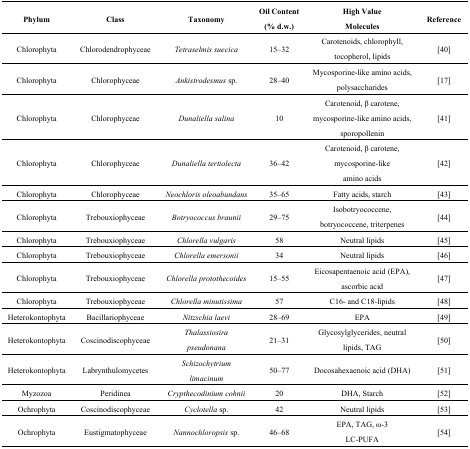
<table><thead><tr><td><b>Phylum</b></td><td><b>Class</b></td><td><b>Taxonomy</b></td><td><b>Oil Content (% d.w.)</b></td><td><b>High Value Molecules</b></td><td><b>Reference</b></td></tr></thead><tbody><tr><td>Chlorophyta</td><td>Chlorodendrophyceae</td><td><i>Tetraselmis suecica</i></td><td>15–32</td><td>Carotenoids, chlorophyll, tocopherol, lipids</td><td>[40]</td></tr><tr><td>Chlorophyta</td><td>Chlorophyceae</td><td><i>Ankistrodesmus</i> sp.</td><td>28–40</td><td>Mycosporine-like amino acids, polysaccharides</td><td>[17]</td></tr><tr><td>Chlorophyta</td><td>Chlorophyceae</td><td><i>Dunaliella salina</i></td><td>10</td><td>Carotenoid, β carotene,mycosporine-like amino acids, sporopollenin</td><td>[41]</td></tr><tr><td>Chlorophyta</td><td>Chlorophyceae</td><td><i>Dunaliella tertiolecta</i></td><td>36–42</td><td>Carotenoid, β carotene, mycosporine-like amino acids</td><td>[42]</td></tr><tr><td>Chlorophyta</td><td>Chlorophyceae</td><td><i>Neochloris oleoabundans</i></td><td>35–65</td><td>Fatty acids, starch</td><td>[43]</td></tr><tr><td>Chlorophyta</td><td>Trebouxiophyceae</td><td><i>Botryococcus braunii</i></td><td>29–75</td><td>Isobotryococcene, botryococcene, triterpenes</td><td>[44]</td></tr><tr><td>Chlorophyta</td><td>Trebouxiophyceae</td><td><i>Chlorella vulgaris</i></td><td>58</td><td>Neutral lipids</td><td>[45]</td></tr><tr><td>Chlorophyta</td><td>Trebouxiophyceae</td><td><i>Chlorella emersonii</i></td><td>34</td><td>Neutral lipids</td><td>[46]</td></tr><tr><td>Chlorophyta</td><td>Trebouxiophyceae</td><td><i>Chlorella protothecoides</i></td><td>15–55</td><td>Eicosapentaenoic acid (EPA), ascorbic acid</td><td>[47]</td></tr><tr><td>Chlorophyta</td><td>Trebouxiophyceae</td><td><i>Chlorella minutissima</i></td><td>57</td><td>C16- and C18-lipids</td><td>[48]</td></tr><tr><td>Heterokontophyta</td><td>Bacillariophyceae</td><td><i>Nitzschia laevi</i></td><td>28–69</td><td>EPA</td><td>[49]</td></tr><tr><td>Heterokontophyta</td><td>Coscinodiscophyceae</td><td><i>Thalassiosira pseudonana</i></td><td>21–31</td><td>Glycosylglycerides, neutral lipids, TAG</td><td>[50]</td></tr><tr><td>Heterokontophyta</td><td>Labrynthulomycetes</td><td><i>Schizochytrium limacinum</i></td><td>50–77</td><td>Docosahexaenoic acid (DHA)</td><td>[51]</td></tr><tr><td>Myzozoa</td><td>Peridinea</td><td><i>Crypthecodinium cohnii</i></td><td>20</td><td>DHA, Starch</td><td>[52]</td></tr><tr><td>Ochrophyta</td><td>Coscinodiscophyceae</td><td><i>Cyclotella</i> sp.</td><td>42</td><td>Neutral lipids</td><td>[53]</td></tr><tr><td>Ochrophyta</td><td>Eustigmatophyceae</td><td><i>Nannochloropsis</i> sp.</td><td>46–68</td><td>EPA, TAG, ω-3 LC-PUFA</td><td>[54]</td></tr></tbody></table>